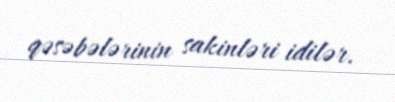
qəsəbələrinin sakinləri idilər.